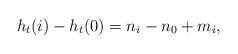
LaTeX: \begin{align*} h_t(i)-h_t(0) = n_i-n_0+ m_i, \end{align*}